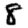
Digit: 8